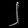
Digit: ၂